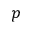
p